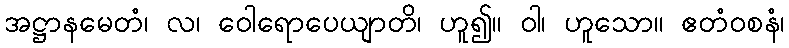
အဋ္ဌာနမေတံ၊ လ၊ ဝေါရောပေယျာတိ၊ ဟူ၍။ ဝါ၊ ဟူသော။ ဧတံဝစနံ၊